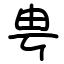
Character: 甹